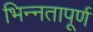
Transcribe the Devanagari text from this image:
भिन्‍नतापूर्ण